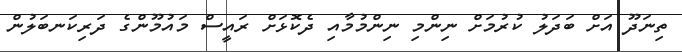
ތިނަދޫ އަށް ބަދަލު ކުރުމަށް ނިންމި ނިންމުމާއި ދެކޮޅަށް ރައީސް މައުމޫންގެ ދަރިކަނބަލުން